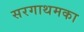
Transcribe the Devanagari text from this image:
सरगाथमका